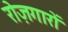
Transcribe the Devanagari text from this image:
रोज़गारों